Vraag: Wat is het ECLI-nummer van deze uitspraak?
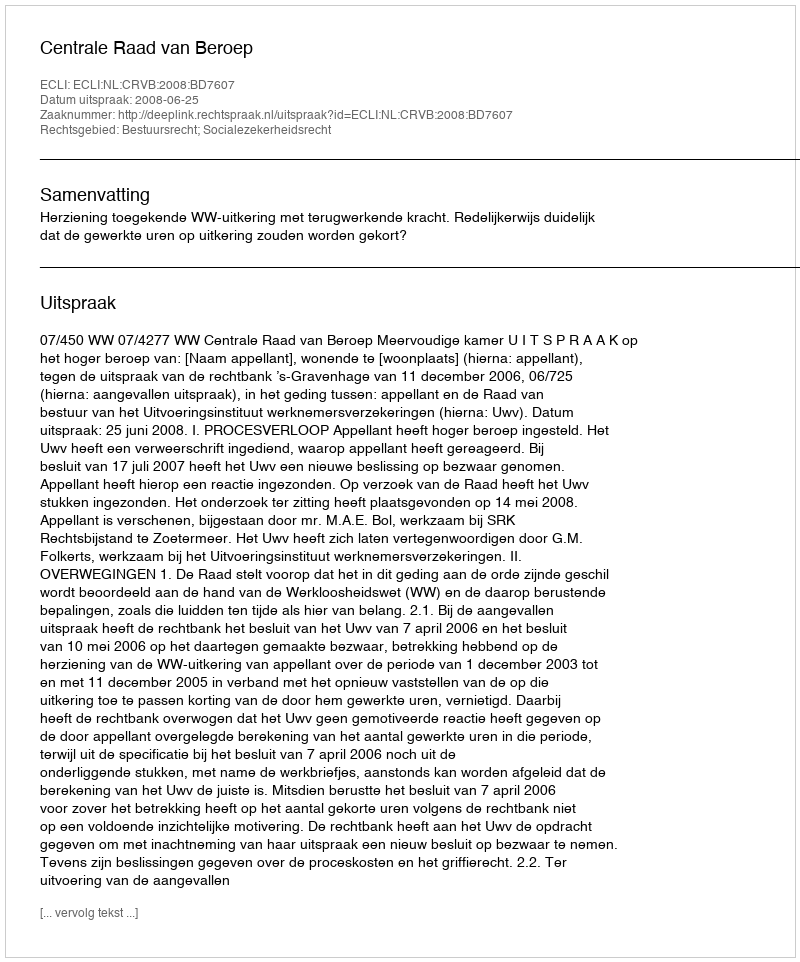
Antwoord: ECLI:NL:CRVB:2008:BD7607